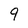
Character: 9